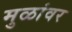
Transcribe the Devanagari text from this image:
मुळांवर